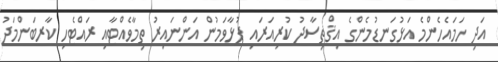
އަދި ހަމައެހެންމެ އަޅުގަނޑުމެންގެ އިޤްތިސާދު ކުރިއަރައި ފުޅާވަމުން އަންނައިރު ތިމާވެއްޓާއި ރައްޓެހި ކާރބަންމަދު